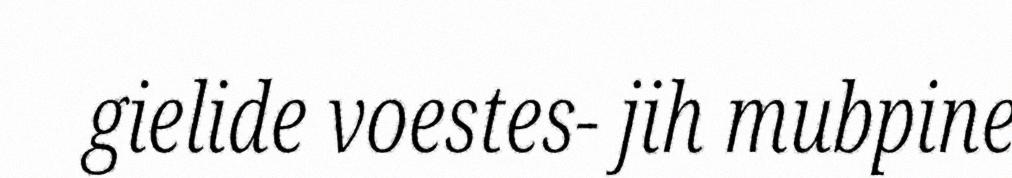
gielide voestes- jih mubpine